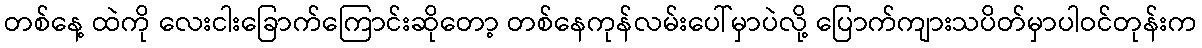
တစ်နေ့ ထဲကို လေးငါးခြောက်ကြောင်းဆိုတော့ တစ်နေကုန်လမ်းပေါ်မှာပဲလို့ ပြောက်ကျားသပိတ်မှာပါဝင်တုန်းက